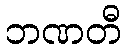
ဘဏတီ